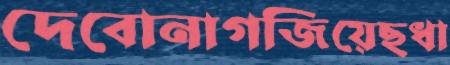
দেবোনাগজিয়েছধা